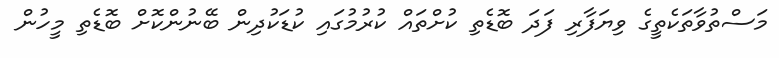
މަސްތުވާތަކެތީގެ ވިޔަފާރި ފަދަ ބޮޑެތި ކުށްތައް ކުރުމުގައި ކުޑަކުދިން ބޭނުންކޮށް ބޮޑެތި މީހުން